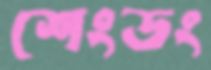
শেংডং